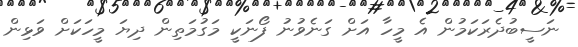
ނަސީބުދެރަކަމުން އެ މީހާ އަށް ގަނެވުނު ފޯނަކީ މަގުމަތިން ދިޔަ މީހަކަށް ވަޅިން